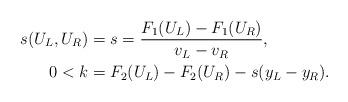
LaTeX: \begin{align*}s_{}(U_L,U_R)&=s=\frac{F_1(U_L)-F_1(U_R)}{v_{L}-v_{R}}, \\0<k&=F_2(U_L)-F_2(U_R)-s(y_{L}-y_{R}).\end{align*}